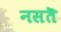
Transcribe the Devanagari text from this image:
नसतॆ